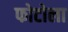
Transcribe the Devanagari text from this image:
फोटोला